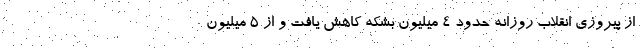
از پیروزی انقلاب روزانه حدود ۴ میلیون بشکه کاهش یافت و از ۵ میلیون